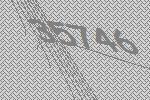
35746